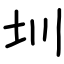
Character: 圳